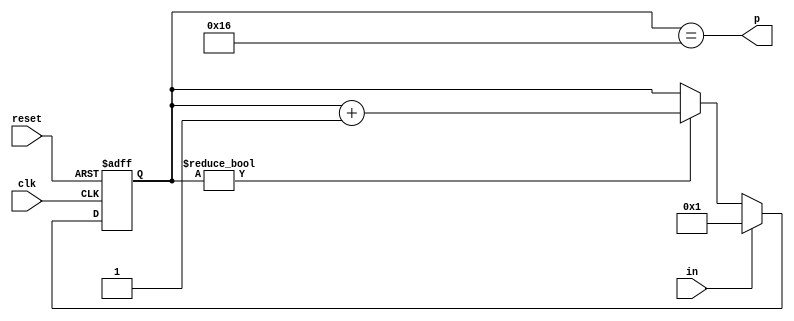
module dly450ns(input clk, input reset, input in, output p);
	reg [5-1:0] r;
	always @(posedge clk or posedge reset) begin
		if(reset)
			r <= 0;
		else begin
			if(r)
				r <= r + 5'b1;
			if(in)
				r <= 1;
		end
	end
	assign p = r == 22;
endmodule